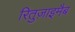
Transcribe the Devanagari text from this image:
रितुज़ाइमैब